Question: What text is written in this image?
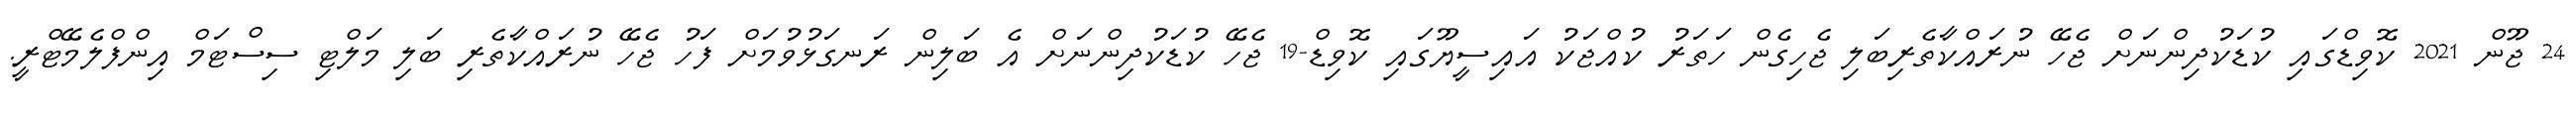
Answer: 24 ޖޫން 2021 ކޮވިޑްގައި ކުޑަކުދިންނަށް ޖެހޭ ނުރައްކާތެރިބަލި ޖެހިގެން ހަތަރު ކުއްޖަކު އައިސީޔޫގައި ކޮވިޑް-19 ޖެހޭ ކުޑަކުދިންނަށް އެ ބަލިން ރަނގަޅުވުމަށް ފަހު ޖެހޭ ނުރައްކާތެރި ބަލި މަލްޓި ސިސްޓަމް އިންފްލެމޭޓްރީ.